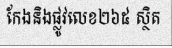
កែងនិងផ្លូវលេខ២៦៥ ស្ថិត